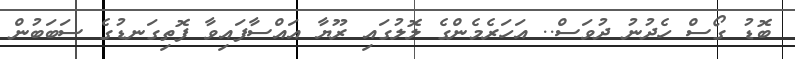
ބޮޑު ގޯސް ހެދުނު ދުވަސް.. އަހަރެމެންގެ ލޮލުގައި ރޫޔާ އައްސާފައިވާ ފޮތިގަނޑުގެ ސަބަބުން